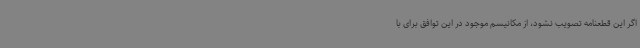
اگر این قطعنامه تصویب نشود، از مکانیسم موجود در این توافق برای با